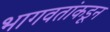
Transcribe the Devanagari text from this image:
भागवतांकडून